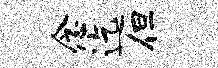
念迄但